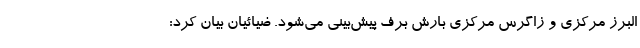
البرز مرکزی و زاگرس مرکزی بارش برف پیش‌بینی می‌شود. ضیائیان بیان کرد: